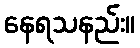
နေရသနည်း။